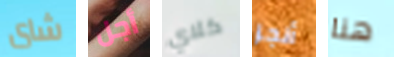
شاى أجل كلاي أنجز هنا